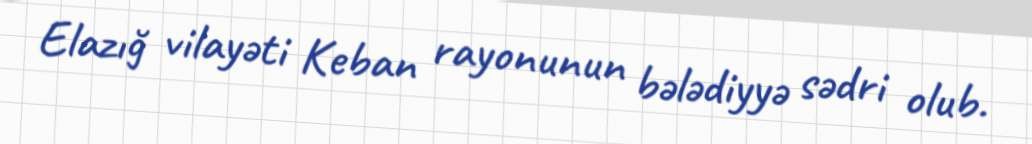
Elazığ vilayəti Keban rayonunun bələdiyyə sədri olub.